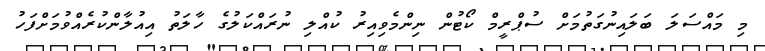
މި މައްސަލަ ބަލައިނުގަތުމަށް ސުޕްރީމް ކޯޓުން ނިންމެވިއިރު ކުއްލި ނުރައްކަލުގެ ހާލަތު އިއުލާންކުރެއްވުމަށްފަހު